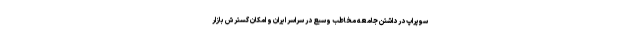
سوپر‌اپ در داشتن جامعه مخاطب وسیع در سراسر ایران و امکان گسترش بازار